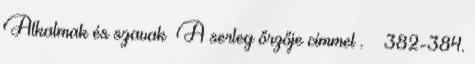
Alkalmak és szavak A serleg őrzője címmel . – 382-384.